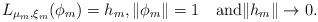
LaTeX: \begin{align*} L_{ \mu_m,\xi_m} (\phi_m) =h_m, \|\phi_m\|=1 \quad\mbox{and} \|h_m\|\rightarrow0.\end{align*}